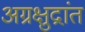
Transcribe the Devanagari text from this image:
अग्रक्षुद्रांत